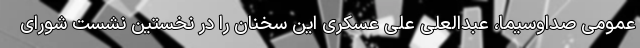
عمومی صداوسیما، عبدالعلی علی عسکری این سخنان را در نخستین نشست شورای